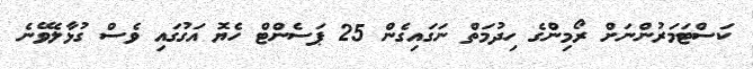
ކަސްޓަމަރުންނަށް ރޯމިންގެ ހިދުމަތް ނަގައިގެން 25 ޕަސެންޓް ހެޔޮ އަގުގައި ވެސް ގުޅާލެވޭނެ